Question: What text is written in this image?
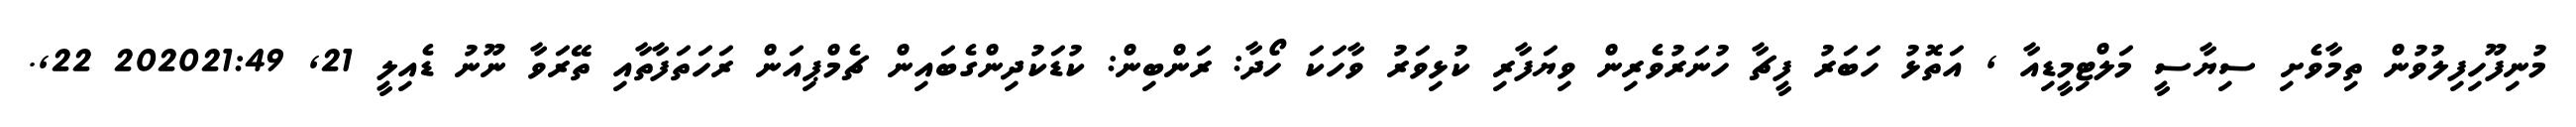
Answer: މުނިފޫހިފިލުވުން ތިމާވެށި ސިޔާސީ މަލްޓިމީޑިއާ , އަތޮޅު ހަބަރު ފީޗާ ހުނަރުވެރިން ވިޔަފާރި ކުޅިވަރު ވާހަކަ ހޯދާ: ރަންބިން: ކުޑަކުދިންގެބައިން ޗެމްޕިއަން ރަހަތަފާތާއި ތޭރަވާ ނޫނު ޑެއިލީ 21, 202021:49 22,.